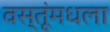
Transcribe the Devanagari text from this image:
वस्तूंमधला